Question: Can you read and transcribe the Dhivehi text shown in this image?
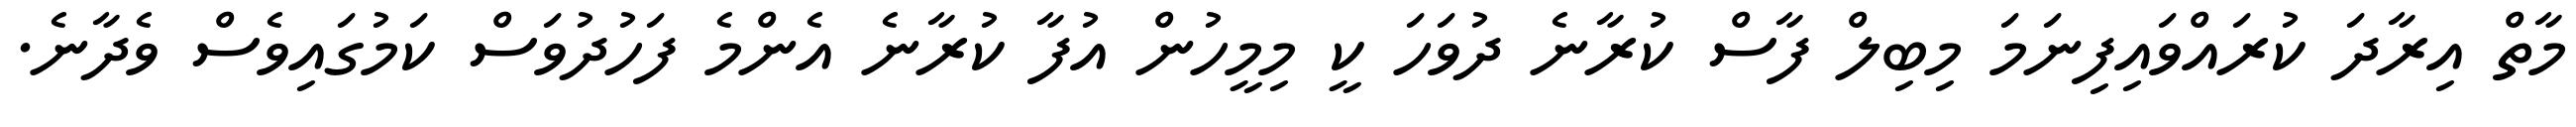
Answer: މާތް އިރާދަ ކުރައްވައިފިނަމަ މިބިލް ފާސް ކުރާނެ ދުވަހަ ކީ މިމީހުން އުފާ ކުރާނެ އެންމެ ފަހުދުވަސް ކަމުގައިވެސް ވެދާނެ.